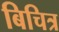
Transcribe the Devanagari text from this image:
बिचित्र